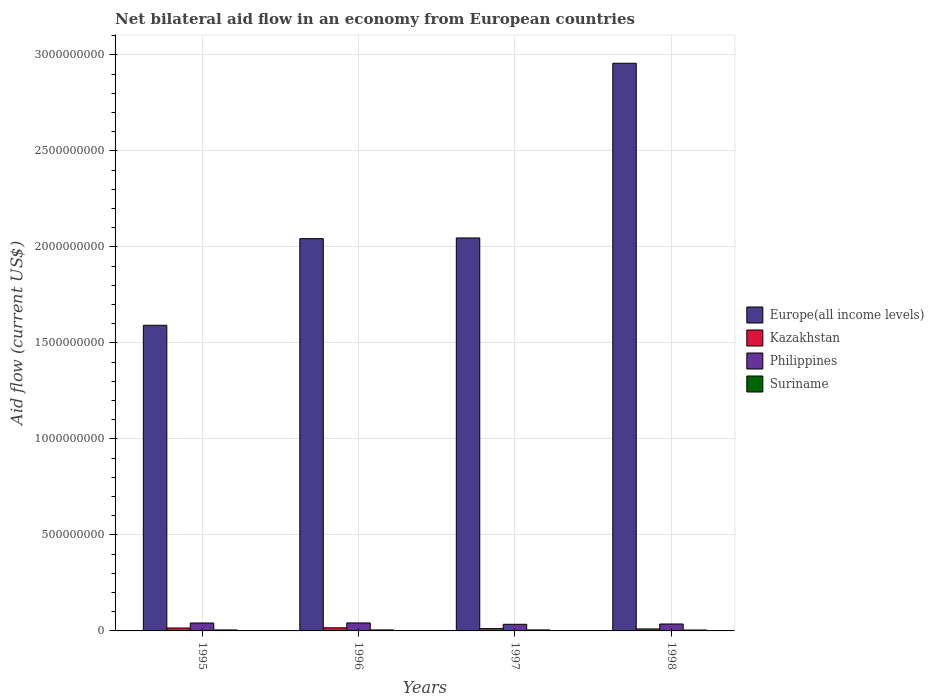
| Years | Europe(all income levels) | Kazakhstan | Philippines | Suriname |
 | --- | --- | --- | --- | --- |
 | 1995 | 1.59e+09 | 1.52e+07 | 4.13e+07 | 5.12e+06 |
 | 1996 | 2.04e+09 | 1.63e+07 | 4.17e+07 | 5.17e+06 |
 | 1997 | 2.05e+09 | 1.2e+07 | 3.45e+07 | 5.15e+06 |
 | 1998 | 2.96e+09 | 1.04e+07 | 3.61e+07 | 4.81e+06 |